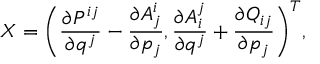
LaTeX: X = \bigg ( \frac { \partial P ^ { i j } } { \partial q ^ { j } } - \frac { \partial A _ { j } ^ { i } } { \partial p _ { j } } , \frac { \partial A _ { i } ^ { j } } { \partial q ^ { j } } + \frac { \partial Q _ { i j } } { \partial p _ { j } } \bigg ) ^ { T } ,